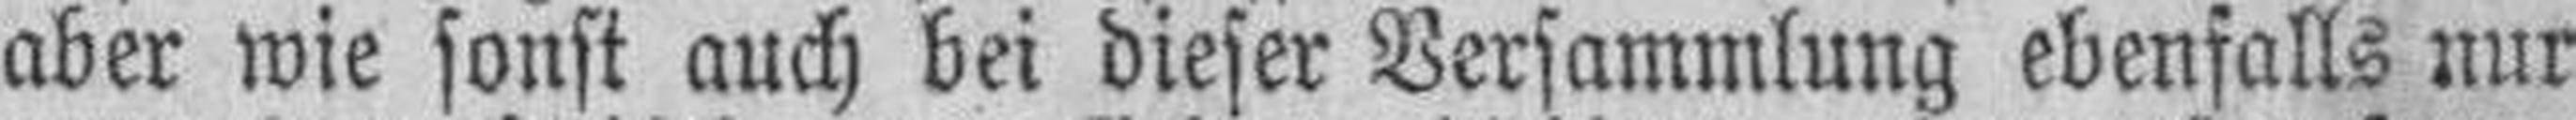
aber wie sonst auch bei dieser Versammlung ebenfalls nur